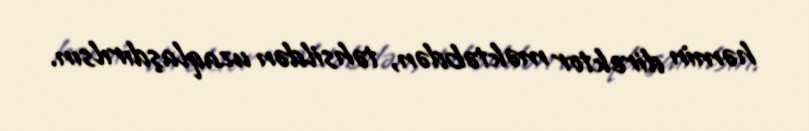
həmin direktor məktəbdən, təhsildən uzaqlaşdırılsın.